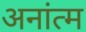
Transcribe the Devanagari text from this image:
अनांत्म